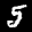
Label: 5